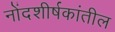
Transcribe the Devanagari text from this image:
नोंदशीर्षकांतील